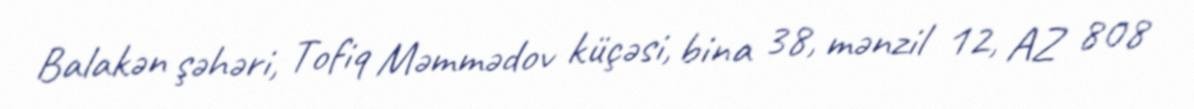
Balakən şəhəri, Tofiq Məmmədov küçəsi, bina 38, mənzil 12, AZ 808